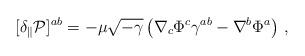
LaTeX: \begin{align*}[ \delta_{\parallel} {\cal P} ]^{ab} = - \mu \sqrt{-\gamma} \left( \nabla_c \Phi^c\gamma^{ab} - \nabla^b \Phi^a \right)\,,\end{align*}